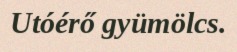
Utóérő gyümölcs.